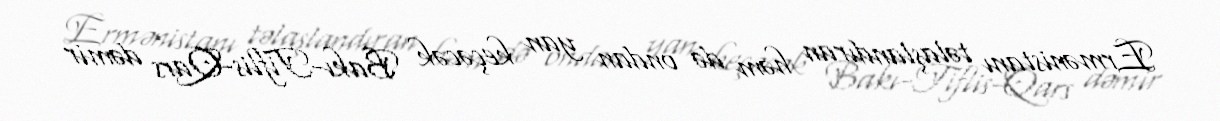
Ermənistanı təlaşlandıran həm də ondan yan keçəcək Bakı-Tiflis-Qars dəmir